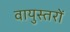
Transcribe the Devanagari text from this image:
वायुस्तरों